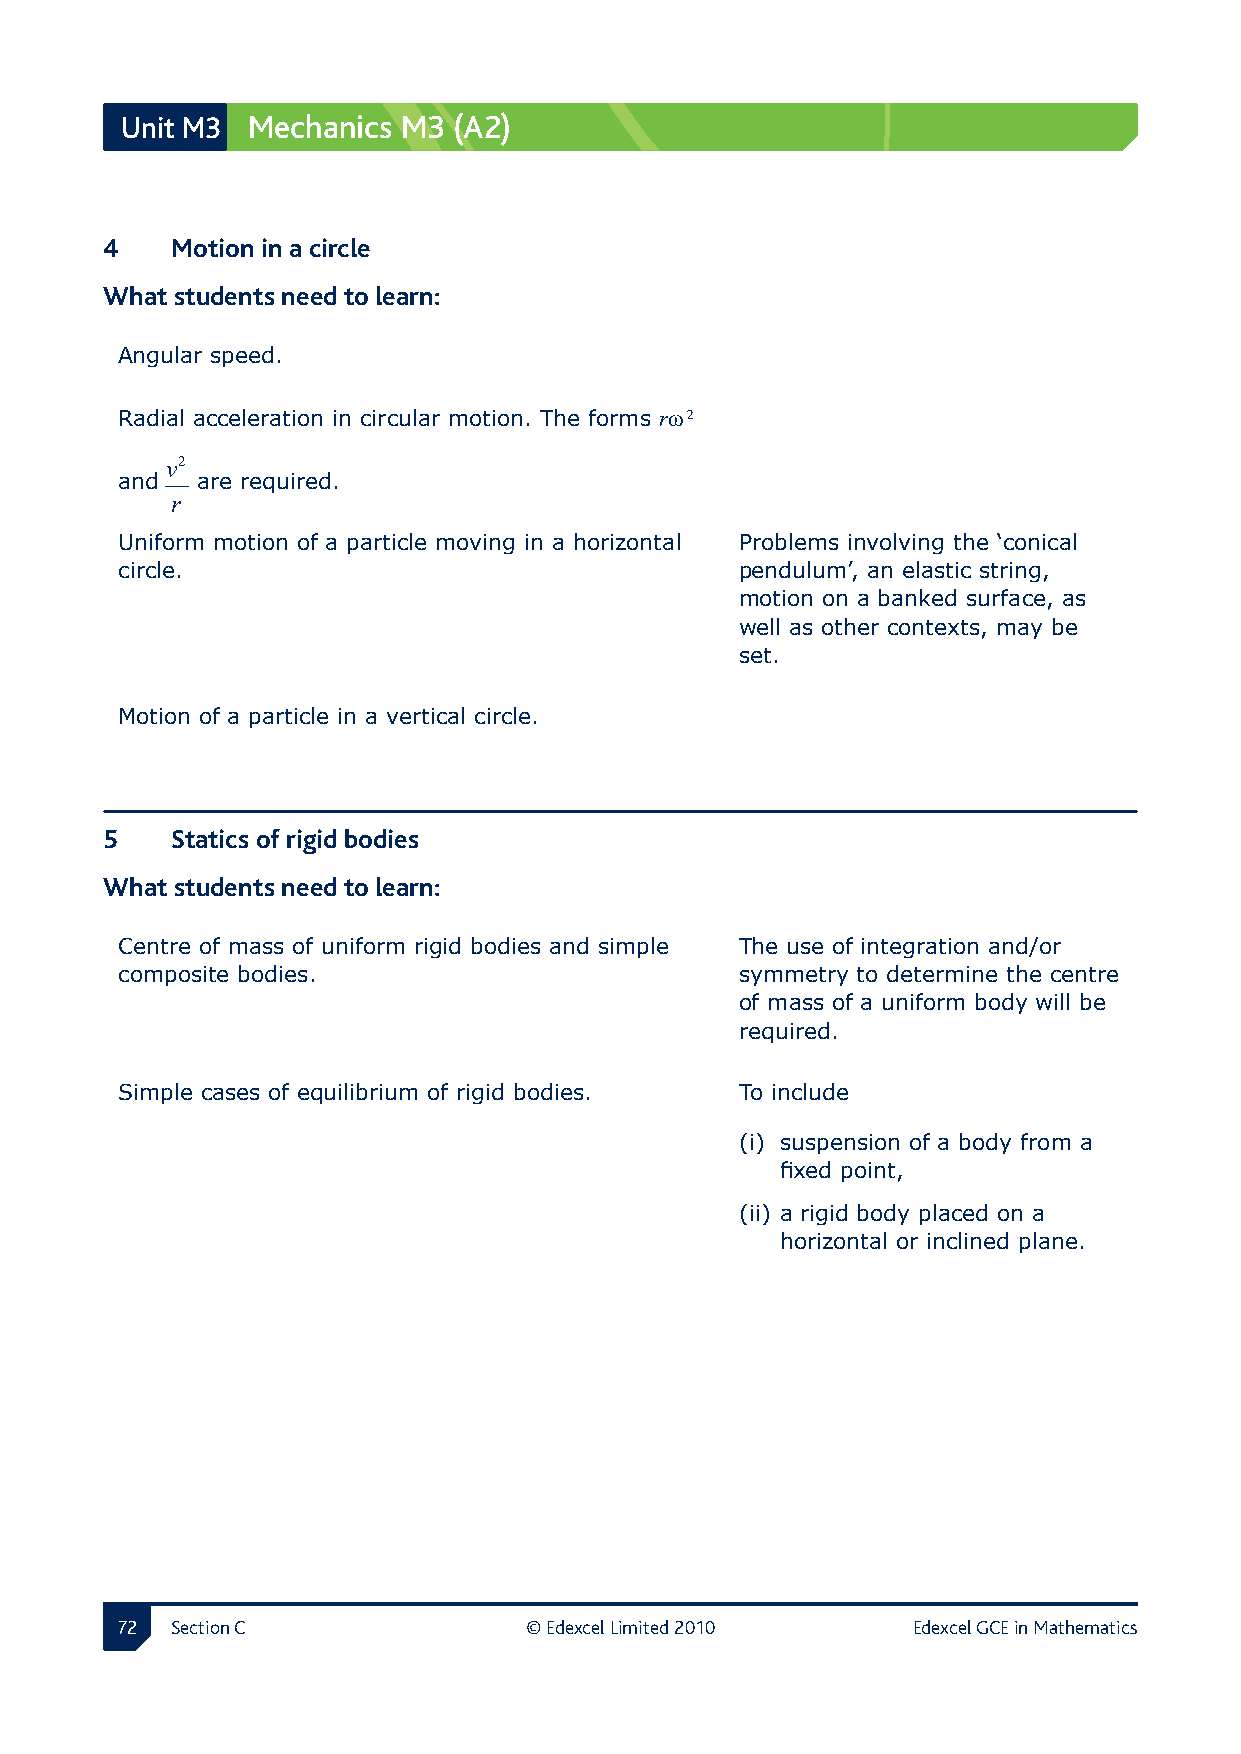
Unit M3 Mechanics  M3 (A2)
 4  Motion in a circle
 What students need to learn:
 Angular speed.
 Radial acceleration in circular motion. The forms rω 2
 v2
 and  are required.
 r
 Uniform motion of a particle moving in a horizontal Problems involving the ‘conical
 circle.                                  pendulum’, an elastic string,
 motion on a banked surface, as
 well as other contexts, may be
 set.
 Motion of a particle in a vertical circle.
 5  Statics of rigid bodies
 What students need to learn:
 Centre of mass of uniform rigid bodies and simple The use of integration and/or
 composite bodies.                        symmetry to determine the centre
 of mass of a uniform body will be
 required.
 Simple cases of equilibrium of rigid bodies. To include
 (i) suspension of a body from a
 fixed point,
 (ii) a rigid body placed on a
 horizontal or inclined plane.
 2 Section C               © Edexcel Limited 2010   Edexcel GCE in Mathematics